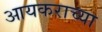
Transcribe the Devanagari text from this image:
आयकराच्या